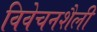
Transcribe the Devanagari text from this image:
विवेचनशैली